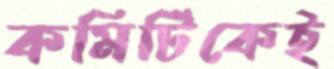
কমিটিকেই